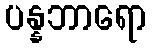
ပန္နဘာရော